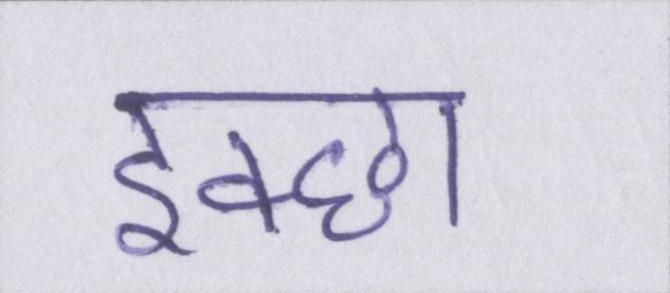
इक्छा